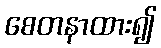
စေတနာထား၍